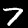
Digit: 7